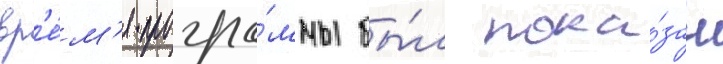
вр'е́м'я програ́ммы бы́л пока́зан